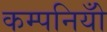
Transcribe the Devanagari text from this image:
कम्पनियोँ